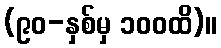
(၉၀-နှစ်မှ ၁၀၀ထိ)။